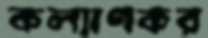
কল্যাণকর